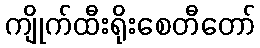
ကျိုက်ထီးရိုးစေတီတော်